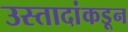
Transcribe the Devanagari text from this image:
उस्तादांकडून